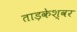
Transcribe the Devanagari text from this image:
ताड़केश्वर